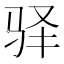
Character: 驿